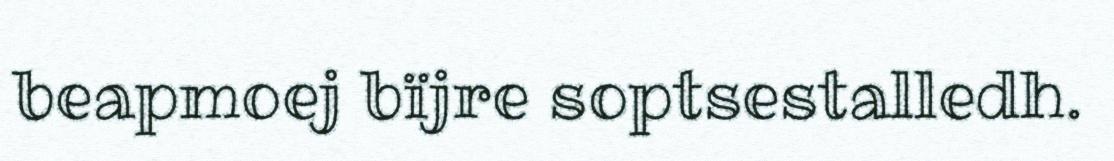
beapmoej bïjre soptsestalledh.